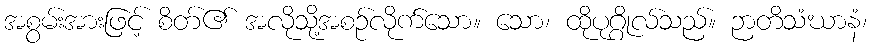
အစွမ်းအားဖြင့် စိတ်၏ အလိုသို့အစဉ်လိုက်သော။ သော၊ ထိုပုဂ္ဂိုလ်သည်။ ဉာတိသံဃာနံ၊